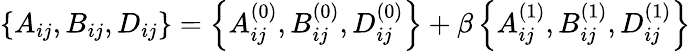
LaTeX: \left\{ {A}_{ij},{B}_{ij},{D}_{ij}\right\} =\left\{ {A}_{ij}^{(0)},{B}_{ij}^{(0)},{D}_{ij}^{(0)}\right\} +\beta\left\{ {A}_{ij}^{(1)},{B}_{ij}^{(1)},{D}_{ij}^{(1)}\right\}